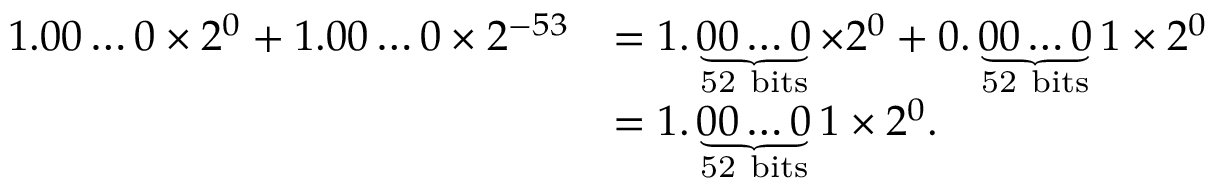
{ \begin{array} { r l } { 1 . 0 0 \ldots 0 \times 2 ^ { 0 } + 1 . 0 0 \ldots 0 \times 2 ^ { - 5 3 } } & { = 1 . \underbrace { 0 0 \ldots 0 } _ { \mathrm { 5 2 ~ b i t s } } \times 2 ^ { 0 } + 0 . \underbrace { 0 0 \ldots 0 } _ { \mathrm { 5 2 ~ b i t s } } 1 \times 2 ^ { 0 } } \\ & { = 1 . \underbrace { 0 0 \ldots 0 } _ { \mathrm { 5 2 ~ b i t s } } 1 \times 2 ^ { 0 } . } \end{array} }